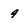
Character: 9